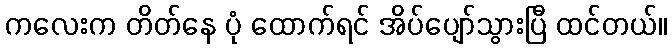
ကလေးက တိတ်နေ ပုံ ထောက်ရင် အိပ်ပျော်သွားပြီ ထင်တယ်။